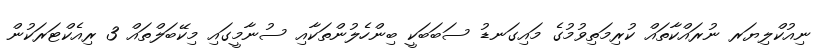
ނިއުކްލިޔަރ ނުރައްކާތައް ކުރިމަތިވުމުގެ މައިގަނޑު ސަބަބަކީ ބިންހެލުންތަކާއި ސުނާމީގައި މިކޭބަލްތައް 3 ރިއެކްޓަރަކުން